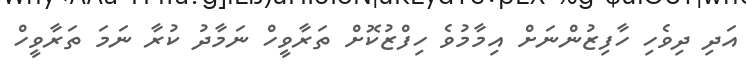
އަދި ދިވެހި ހާފިޒުންނަށް އިމާމުވެ ހިފްޒުކޮށް ތަރާވީހް ނަމާދު ކުރާ ނަމަ ތަރާވީހް